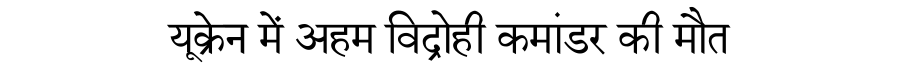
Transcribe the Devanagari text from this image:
यूक्रेन में अहम विद्रोही कमांडर की मौत